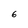
Character: 6